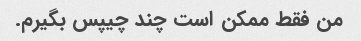
من فقط ممکن است چند چیپس بگیرم.